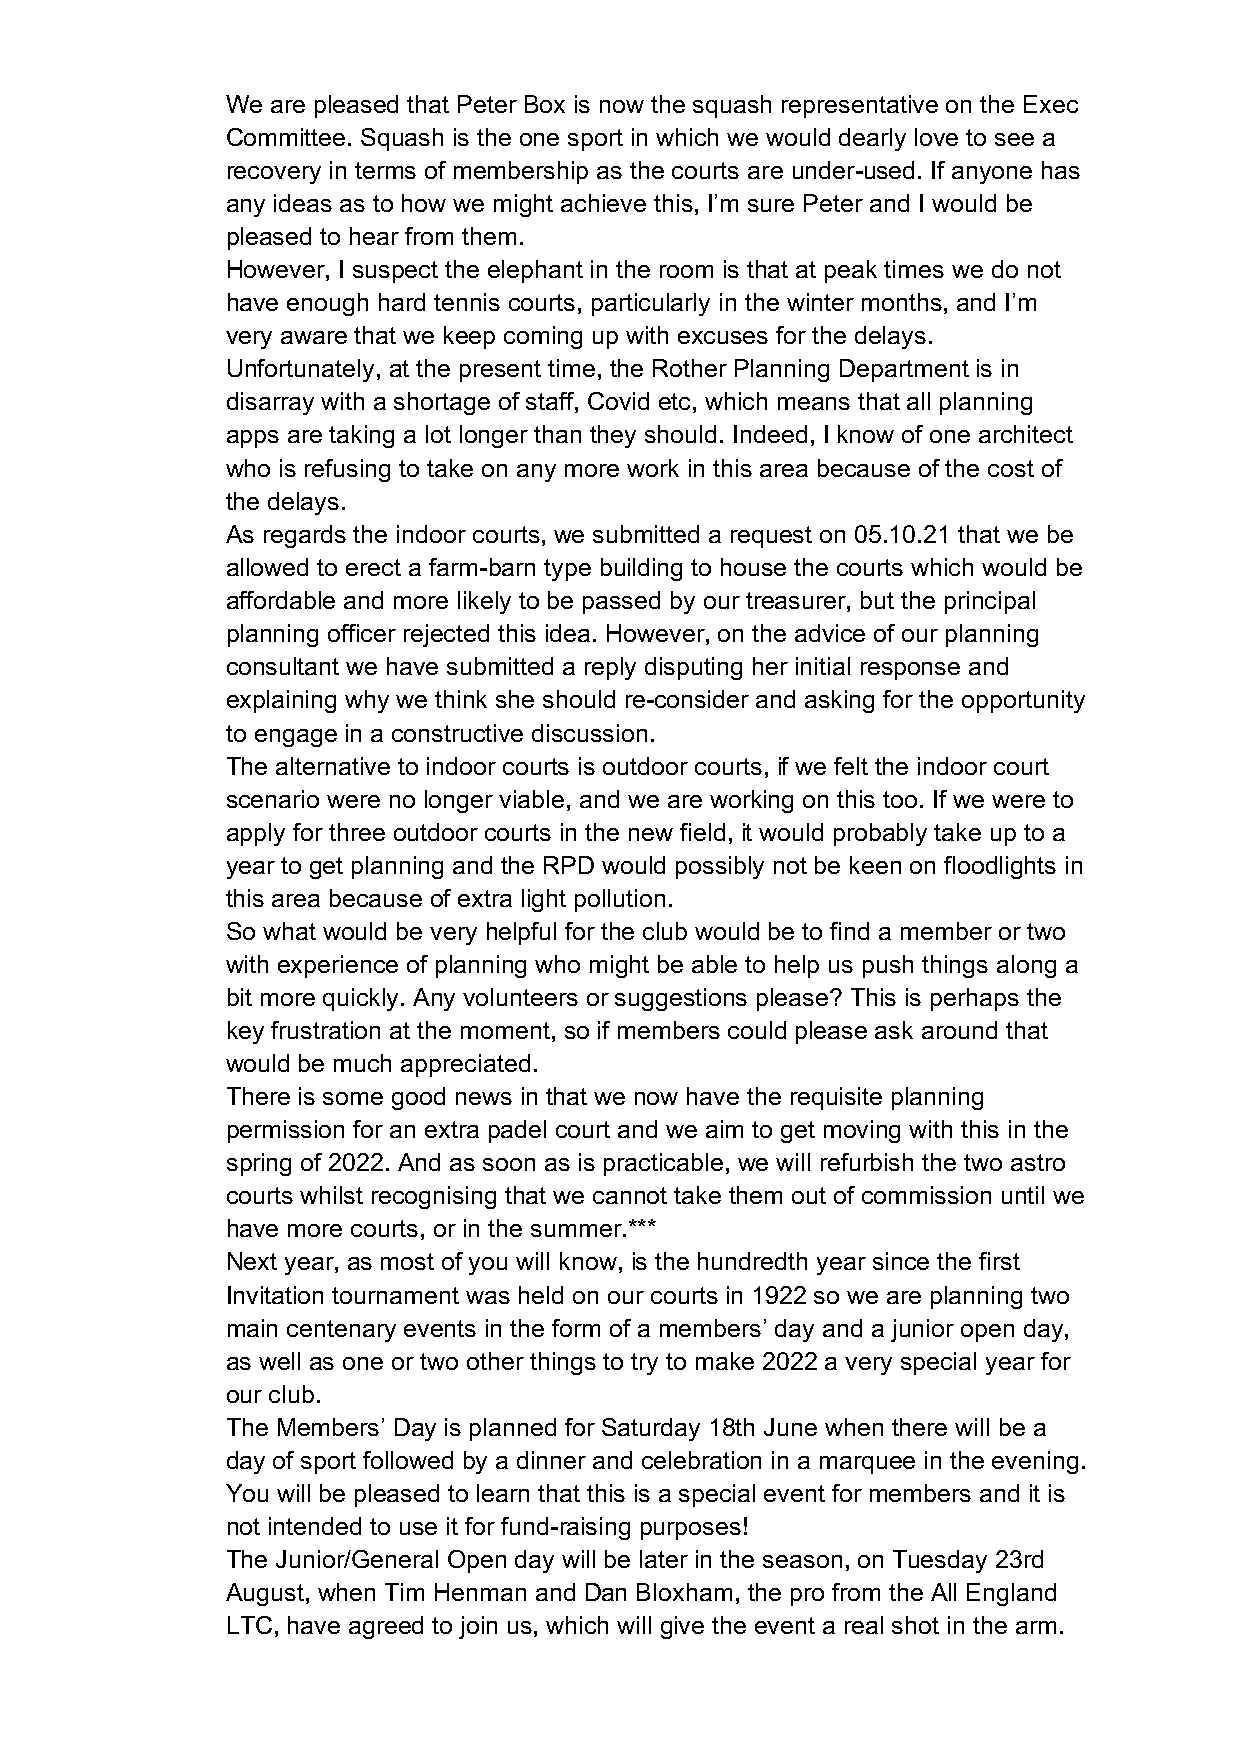
We are pleased that Peter Box is now the squash representative on the Exec
 Committee. Squash is the one sport in which we would dearly love to see a
 recovery in terms of membership as the courts are under-used. If anyone has
 any ideas as to how we might achieve this, I’m sure Peter and I would be
 pleased to hear from them.
 However, I suspect the elephant in the room is that at peak times we do not
 have enough hard tennis courts, particularly in the winter months, and I’m
 very aware that we keep coming up with excuses for the delays.
 Unfortunately, at the present time, the Rother Planning Department is in
 disarray with a shortage of staff, Covid etc, which means that all planning
 apps are taking a lot longer than they should. Indeed, I know of one architect
 who is refusing to take on any more work in this area because of the cost of
 the delays.
 As regards the indoor courts, we submitted a request on 05.10.21 that we be
 allowed to erect a farm-barn type building to house the courts which would be
 affordable and more likely to be passed by our treasurer, but the principal
 planning officer rejected this idea. However, on the advice of our planning
 consultant we have submitted a reply disputing her initial response and
 explaining why we think she should re-consider and asking for the opportunity
 to engage in a constructive discussion.
 The alternative to indoor courts is outdoor courts, if we felt the indoor court
 scenario were no longer viable, and we are working on this too. If we were to
 apply for three outdoor courts in the new field, it would probably take up to a
 year to get planning and the RPD would possibly not be keen on floodlights in
 this area because of extra light pollution.
 So what would be very helpful for the club would be to find a member or two
 with experience of planning who might be able to help us push things along a
 bit more quickly. Any volunteers or suggestions please? This is perhaps the
 key frustration at the moment, so if members could please ask around that
 would be much appreciated.
 There is some good news in that we now have the requisite planning
 permission for an extra padel court and we aim to get moving with this in the
 spring of 2022. And as soon as is practicable, we will refurbish the two astro
 courts whilst recognising that we cannot take them out of commission until we
 have more courts, or in the summer.***
 Next year, as most of you will know, is the hundredth year since the first
 Invitation tournament was held on our courts in 1922 so we are planning two
 main centenary events in the form of a members’ day and a junior open day,
 as well as one or two other things to try to make 2022 a very special year for
 our club.
 The Members’ Day is planned for Saturday 18th June when there will be a
 day of sport followed by a dinner and celebration in a marquee in the evening.
 You will be pleased to learn that this is a special event for members and it is
 not intended to use it for fund-raising purposes!
 The Junior/General Open day will be later in the season, on Tuesday 23rd
 August, when Tim Henman and Dan Bloxham, the pro from the All England
 LTC, have agreed to join us, which will give the event a real shot in the arm.